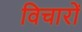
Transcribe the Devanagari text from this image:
विचारों